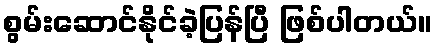
စွမ်းဆောင်နိုင်ခဲ့ပြန်ပြီ ဖြစ်ပါတယ်။